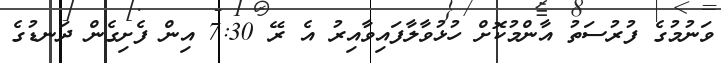
ވަނުމުގެ ފުރުސަތު އާންމުކޮށް ހުޅުވާލާފައިވާއިރު އެ ރޭ 7:30 އިން ފެށިގެން ދަނޑުގެ